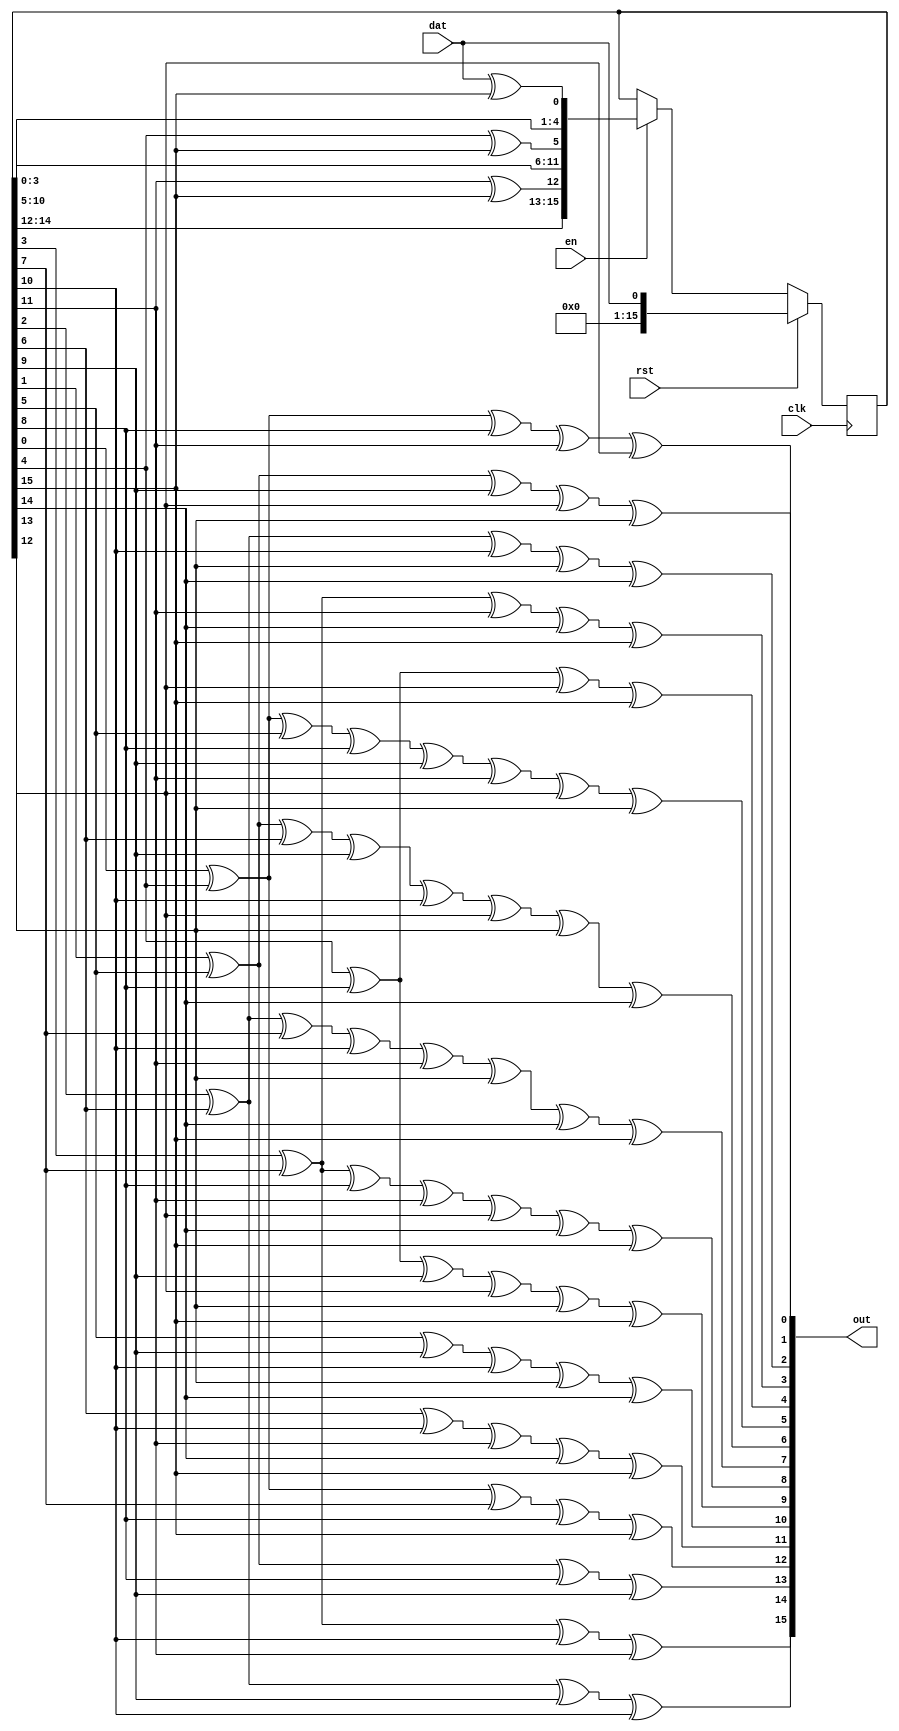
module crc16(output [15:0] out,
             input clk,
             input dat,
             input rst,
             input en);

   reg [15:0]      state = 0;

   assign out = {
    state[16'h3] ^ state[16'h7] ^ state[16'ha] ^ state[16'hb],
    state[16'h2] ^ state[16'h6] ^ state[16'h9] ^ state[16'ha],
    state[16'h1] ^ state[16'h5] ^ state[16'h8] ^ state[16'h9],
    state[16'h0] ^ state[16'h4] ^ state[16'h7] ^ state[16'h8] ^ state[16'hf],
    state[16'h6] ^ state[16'ha] ^ state[16'hb] ^ state[16'he] ^ state[16'hf],
    state[16'h5] ^ state[16'h9] ^ state[16'ha] ^ state[16'hd] ^ state[16'he],
    state[16'h4] ^ state[16'h8] ^ state[16'h9] ^ state[16'hc] ^ state[16'hd]
                 ^ state[16'hf],
    state[16'h3] ^ state[16'h7] ^ state[16'h8] ^ state[16'hb] ^ state[16'hc]
                 ^ state[16'he] ^ state[16'hf],
    state[16'h2] ^ state[16'h6] ^ state[16'h7] ^ state[16'ha] ^ state[16'hb]
                 ^ state[16'hd] ^ state[16'he] ^ state[16'hf],
    state[16'h1] ^ state[16'h5] ^ state[16'h6] ^ state[16'h9] ^ state[16'ha]
                 ^ state[16'hc] ^ state[16'hd] ^ state[16'he],
    state[16'h0] ^ state[16'h4] ^ state[16'h5] ^ state[16'h8] ^ state[16'h9]
                 ^ state[16'hb] ^ state[16'hc] ^ state[16'hd],
    state[16'h4] ^ state[16'h8] ^ state[16'hc] ^ state[16'hf],
    state[16'h3] ^ state[16'h7] ^ state[16'hb] ^ state[16'he] ^ state[16'hf],
    state[16'h2] ^ state[16'h6] ^ state[16'ha] ^ state[16'hd] ^ state[16'he],
    state[16'h1] ^ state[16'h5] ^ state[16'h9] ^ state[16'hc] ^ state[16'hd],
    state[16'h0] ^ state[16'h4] ^ state[16'h8] ^ state[16'hb] ^ state[16'hc]
   };

   always @(posedge clk) begin
      if (rst)
        state <= {6'b0, dat};
      else if (en)
        state <= {state[14],
                  state[13],
                  state[12],
                  state[11] ^ state[15],
                  state[10],
                  state[9],
                  state[8],
                  state[7],
                  state[6],
                  state[5],
                  state[4] ^ state[15],
                  state[3],
                  state[2],
                  state[1],
                  state[0],
                  dat ^ state[15]};
   end
endmodule